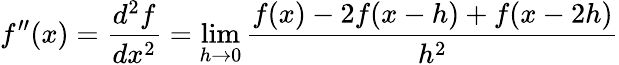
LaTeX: f^{\prime\prime}(x)={\frac{d^{2}f}{dx^{2}}}=\operatorname*{lim}_{h\rightarrow 0}{\frac{f(x)-2f(x-h)+f(x-2h)}{h^{2}}}